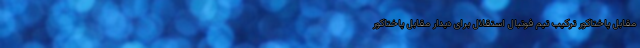
مقابل پاختاکور ترکیب تیم فوتبال استقلال برای دیدار مقابل پاختاکور